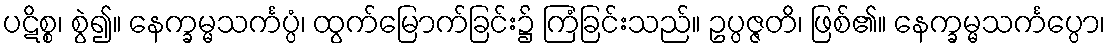
ပဋိစ္စ၊ စွဲ၍။ နေက္ခမ္မသင်္ကပ္ပံ၊ ထွက်မြောက်ခြင်း၌ ကြံခြင်းသည်။ ဥပ္ပဇ္ဇတိ၊ ဖြစ်၏။ နေက္ခမ္မသင်္ကပ္ပော၊